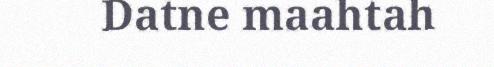
Datne maahtah